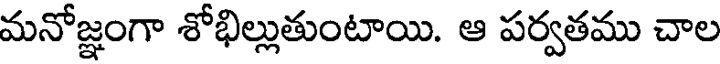
మనోజ్ఞంగా శోభిల్లుతుంటాయి. ఆ పర్వతము చాల